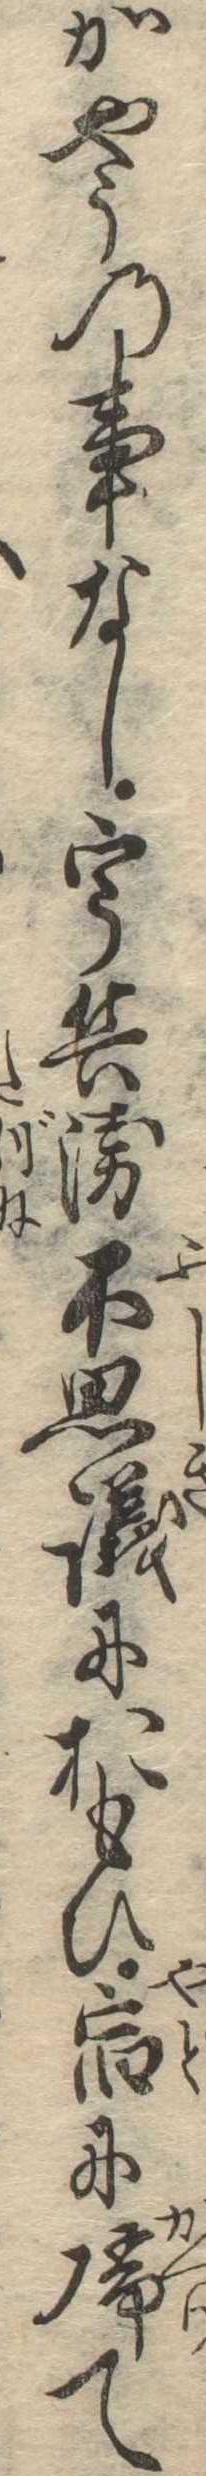
かやうの事なし宇兵衛不思議におもひ宿に帰て